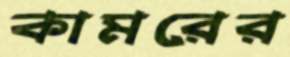
কামরের